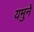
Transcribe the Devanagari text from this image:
यमुने